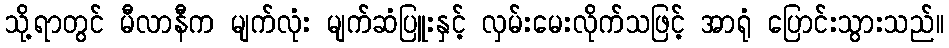
သို့ရာတွင် မီလာနီက မျက်လုံး မျက်ဆံပြူးနှင့် လှမ်းမေးလိုက်သဖြင့် အာရုံ ပြောင်းသွားသည်။